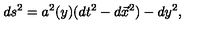
d s ^ { 2 } = a ^ { 2 } ( y ) ( d t ^ { 2 } - d \vec { x } ^ { 2 } ) - d y ^ { 2 } ,